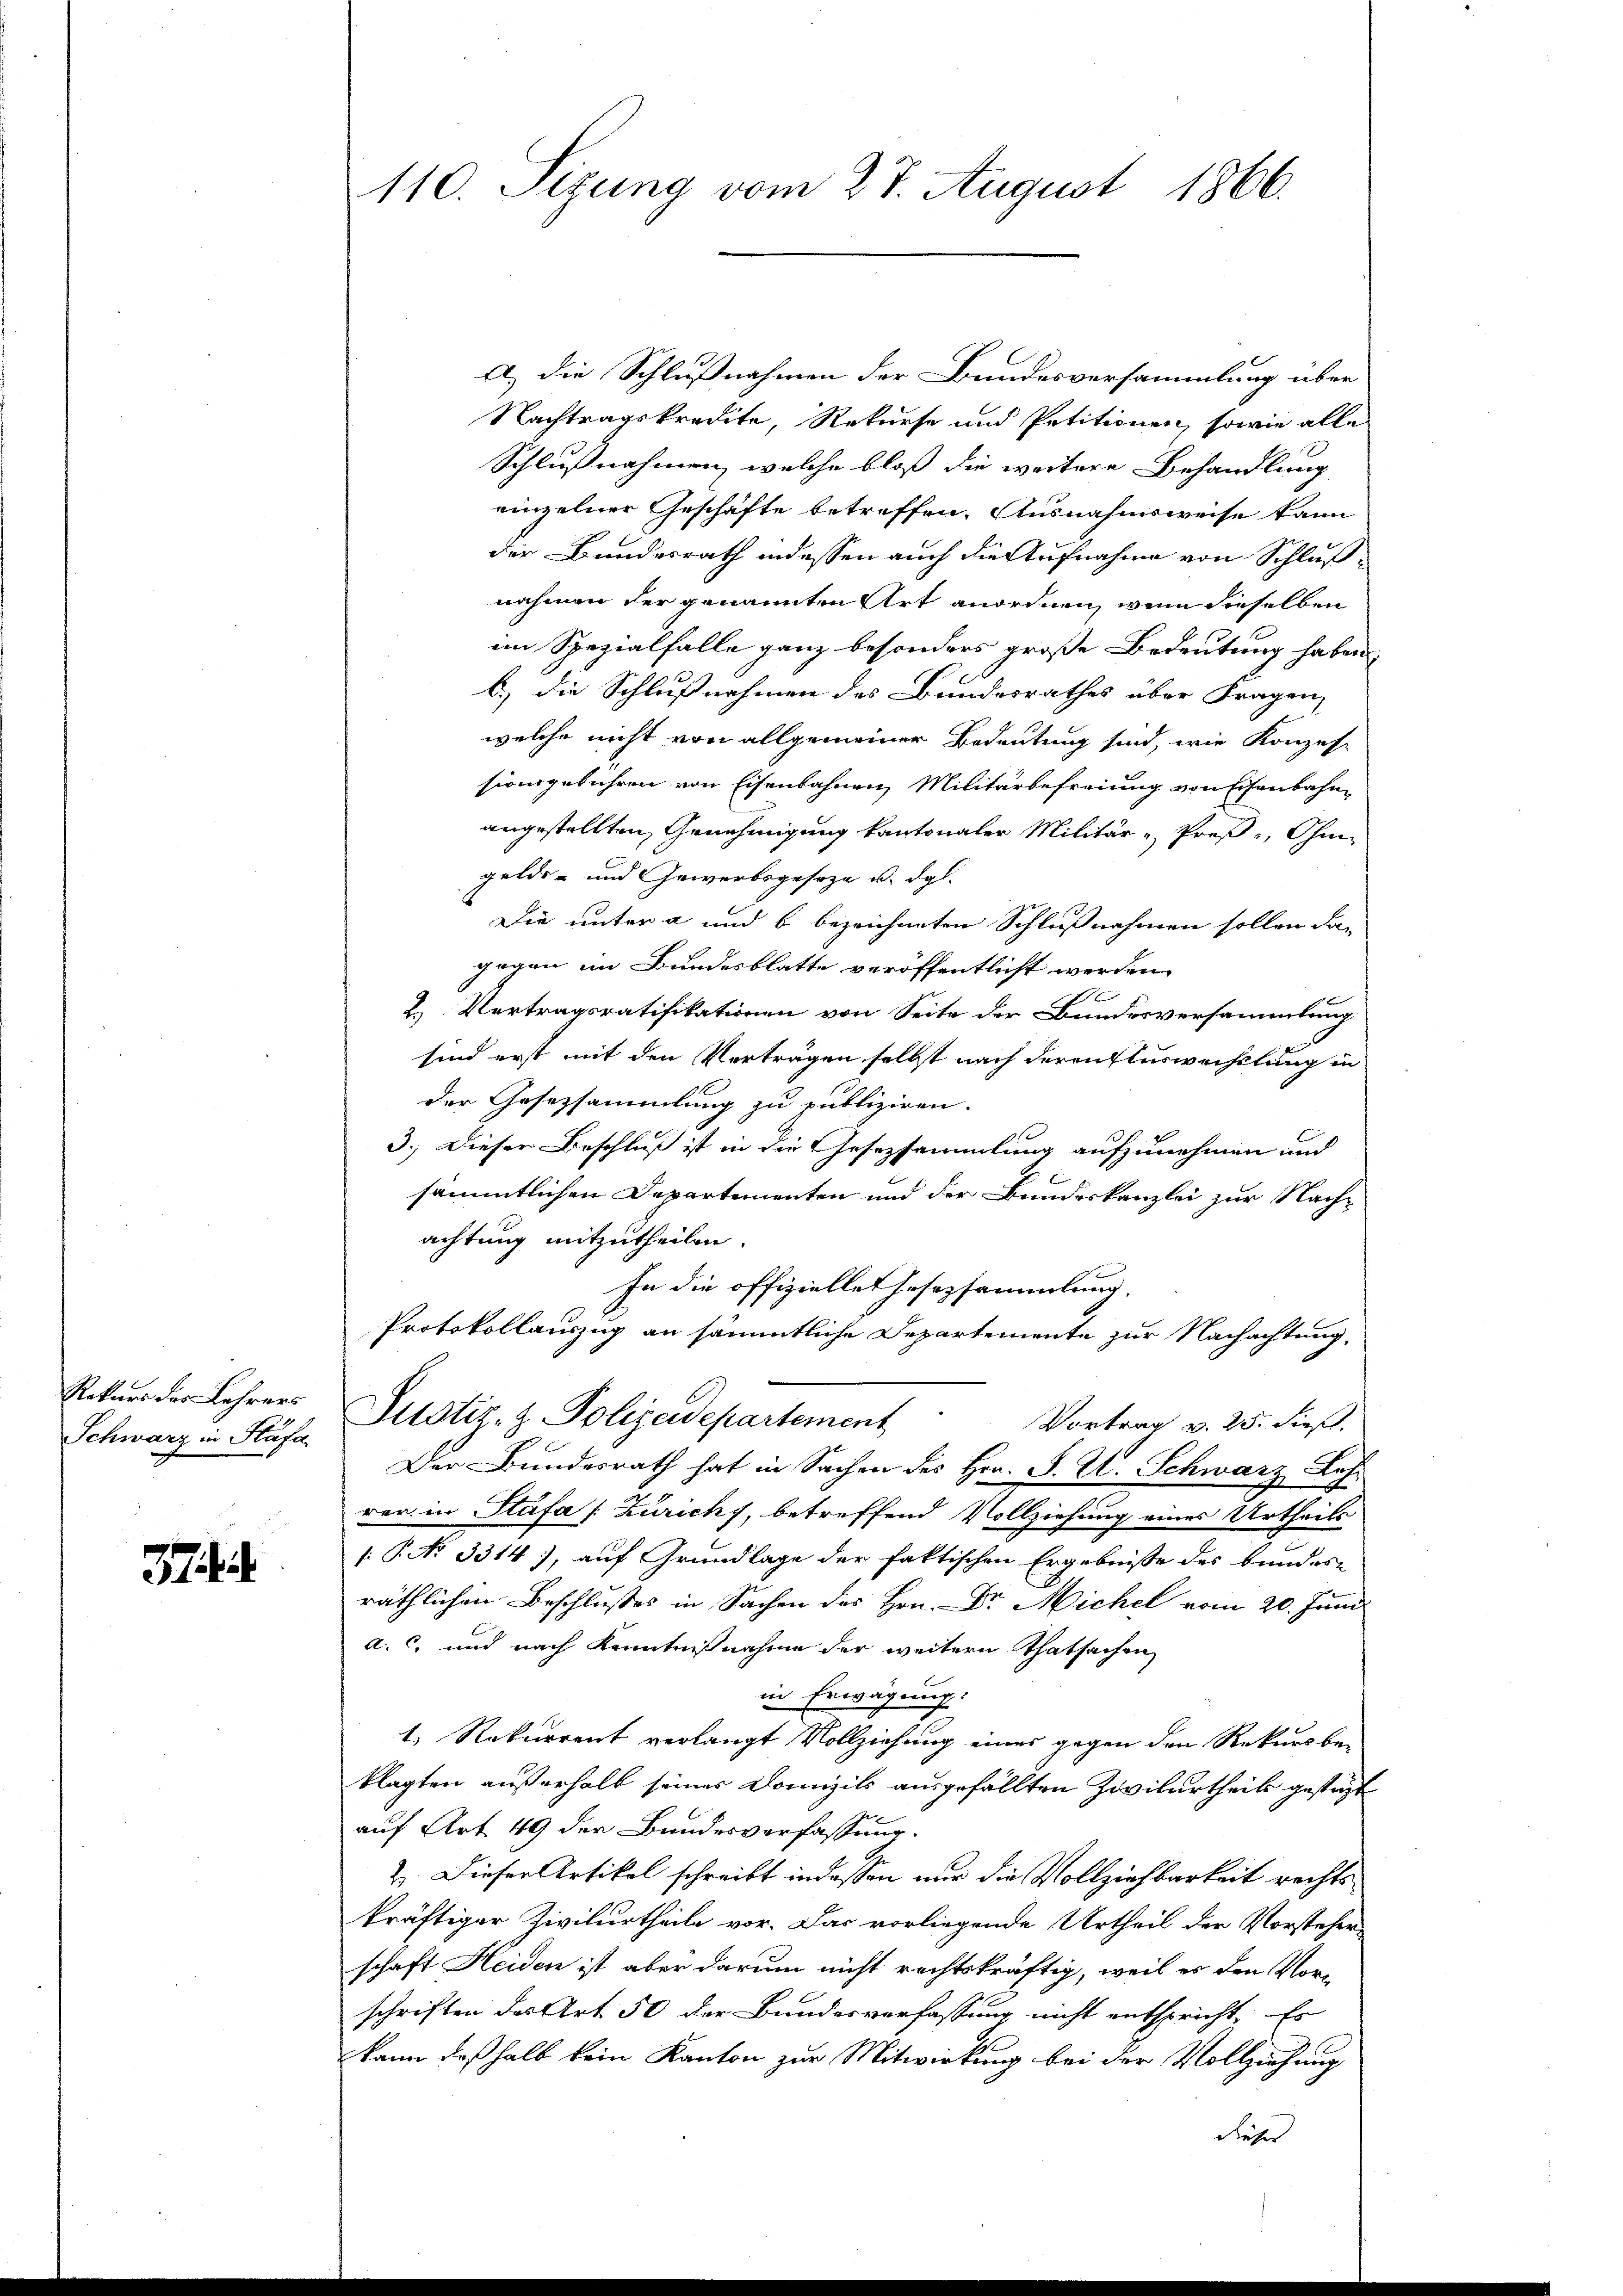
Rekurs der Lehrers
Schwarz in Stäfa

37

110. Sizung vom 27. August 1866.

A.) Die Schlußnahmen der Bundesversammlung über
Nachtragskredite, Rekurse und Petitionen, sowie alle
Schlußnahmen, welche bloß die weitere Behandlung
einzelner Geschäfte betreffen. Ausnahmsweise kann
der Bundesrath indessen auch die Aufnahme von Schluß
nahmen der genannten Art anordnen, wenn dieselben
im Spezialfalle ganz besonders große Bedeutung haben,
b.) die Schlußnahmen des Bundesrathes über Fragen
welche nicht von allgemeiner Bedeutung sind, wie Konzes-
sionsgebühren von Eisenbahnen Militärbefreiung von Eisenbahnangestellten, Genehmigung kantonaler Militär - Proß, Ohm-
gelds- und Gewerbsgeseze u. dgl.
Die unter a und b. bezeichneten Schlußnahmen sollen dann
gegen im Bundesblatte veröffentlicht werden.
2 Vertragsratifikationen von Seite der Bundesversammlung
sind erst mit den Vorträgen selbst nach deren Auswechslung in
der Gesetzsammlung zu publiziren.
3.) Dieser Beschluß ist in die Gesetzsammlung aufzunehmen und
sämmtlichen Departementen und der Bundeskanzlei zur Nachachtung mitzutheilen.
In die offizielle Hosezsammlung.
Protokollauszug an sämmtliche Departemente zur Nachachtung,
Justiz- & Polizeidepartement
Vortrag v. 25. dieß.
Der Bundesrath hat in Sachen des Hrn. F. Zl. Schwarz Losrer in Stäfa [Zürich, betreffend Vollziehung eines Urtheils
P No 3314), auf Grundlage der faktischen Ergebnisse des bundes-
räthlichen Beschlusses in Sachen des Hrn. Dr Michel vom 20. Juni
a. c. und nach Kenntnisnahme der weitern Thatsachen
in Erwägung:
1. Rekurrent verlangt Vollziehung eines gegen den Rekurs be-
klagten außerhalb seiner Domizils ausgefällten Zovilurtheils gestatt
auf Art. 49 der Bundesverfassung.
.
2. Dieser Artikel schreibt in dessen nur die Vollziehbarkeit rechts
kräftiger Zivilurtheile vor. Das vorliegende Urtheil der Vorsteher
schaft Heiden ist aber darum nicht rechtskräftig, weil er den Vor-
schriften des Art. 50 der Bundesverfassung nicht entspricht. Es
kann deßhalb kein Kanton zur Mitwirkung bei der Vollziehung
dieser